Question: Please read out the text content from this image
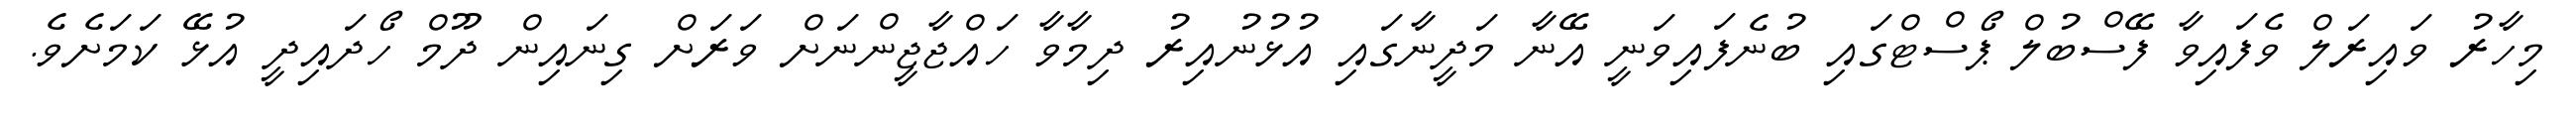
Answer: މިހާރު ވައިރަލް ވެފައިވާ ފޭސްބުލް ޕޯސްޓްގައި ބުނެފައިވަނީ އޭނާ މަދީނާގައި އުޅުނުއިރު ދިމާވާ ހައްޖާޖީންނަށް ވަރަށް ގިނައިން ދޫމް ހޯދައިދީ އުޅޭ ކަމަށެވެ.